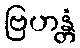
ဗြဟန္တံ